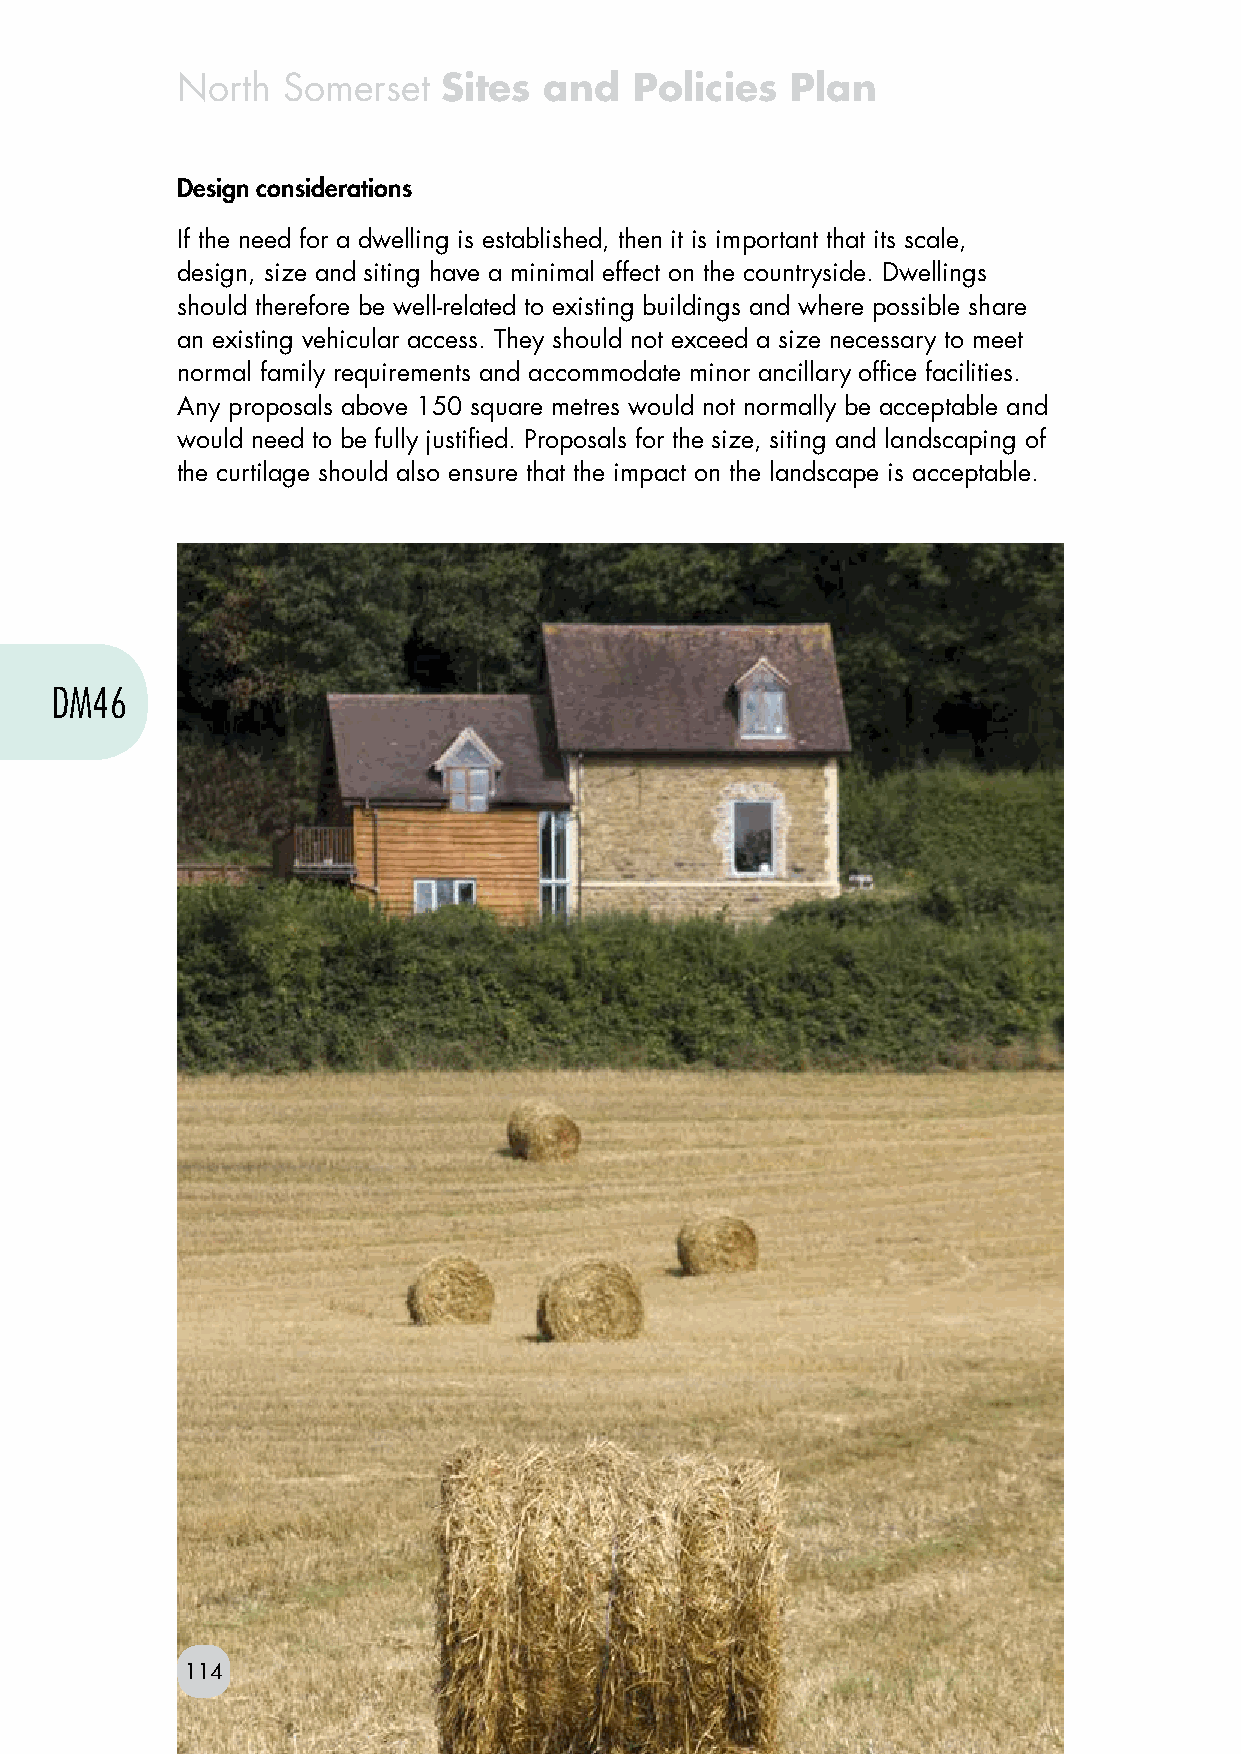
North  Somerset  Sites  and   Policies  Plan
 Design considerations
 If the need for a dwelling is established, then it is important that its scale,
 design, size and siting have a minimal effect on the countryside. Dwellings
 should therefore be well-related to existing buildings and where possible share
 an existing vehicular access. They should not exceed a size necessary to meet
 normal family requirements and accommodate minor ancillary office facilities.
 Any proposals above 150 square metres would not normally be acceptable and
 would need to be fully justified. Proposals for the size, siting and landscaping of
 the curtilage should also ensure that the impact on the landscape is acceptable.
 DM46
 114